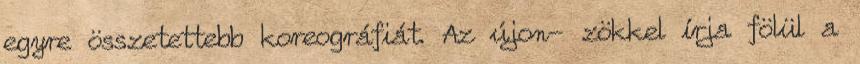
egyre összetettebb koreográfiát. Az újon- zökkel írja fölül a